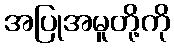
အပြုအမူတို့ကို